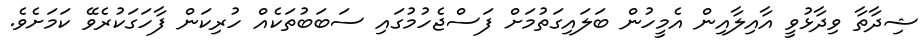
ޝިދާތާ ވިދާޅުވީ އާއިލާއިން އެމީހުން ބަލައިގަތުމަށް ފަސްޖެހުމުގައި ސަބަބުތަކެއް ހުރިކަން ފާހަގަކުރެވޭ ކަމަށެވެ.